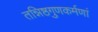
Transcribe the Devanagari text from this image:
तन्निष्ठगुणकर्मणां